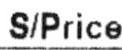
S/PRICE